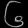
Digit: ၆